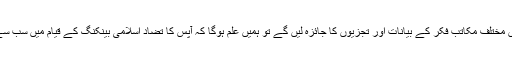
ہم اگر اس سلسلے میں مختلف مکاتب فکر کے بیانات اور تجزیوں کا جائزہ لیں گے تو ہمیں علم ہوگا کہ آپس کا تضاد اسلامی بینکنگ کے قیام میں سب سے بڑی روکاوٹ ہے۔